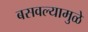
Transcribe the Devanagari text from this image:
बसवल्यामुळे